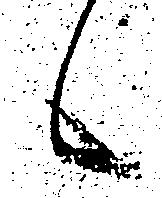
候